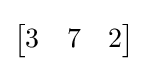
{\begin{bmatrix}3&7&2\end{bmatrix}}